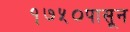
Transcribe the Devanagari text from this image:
१७५०पासून